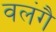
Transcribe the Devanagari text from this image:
वलंगै